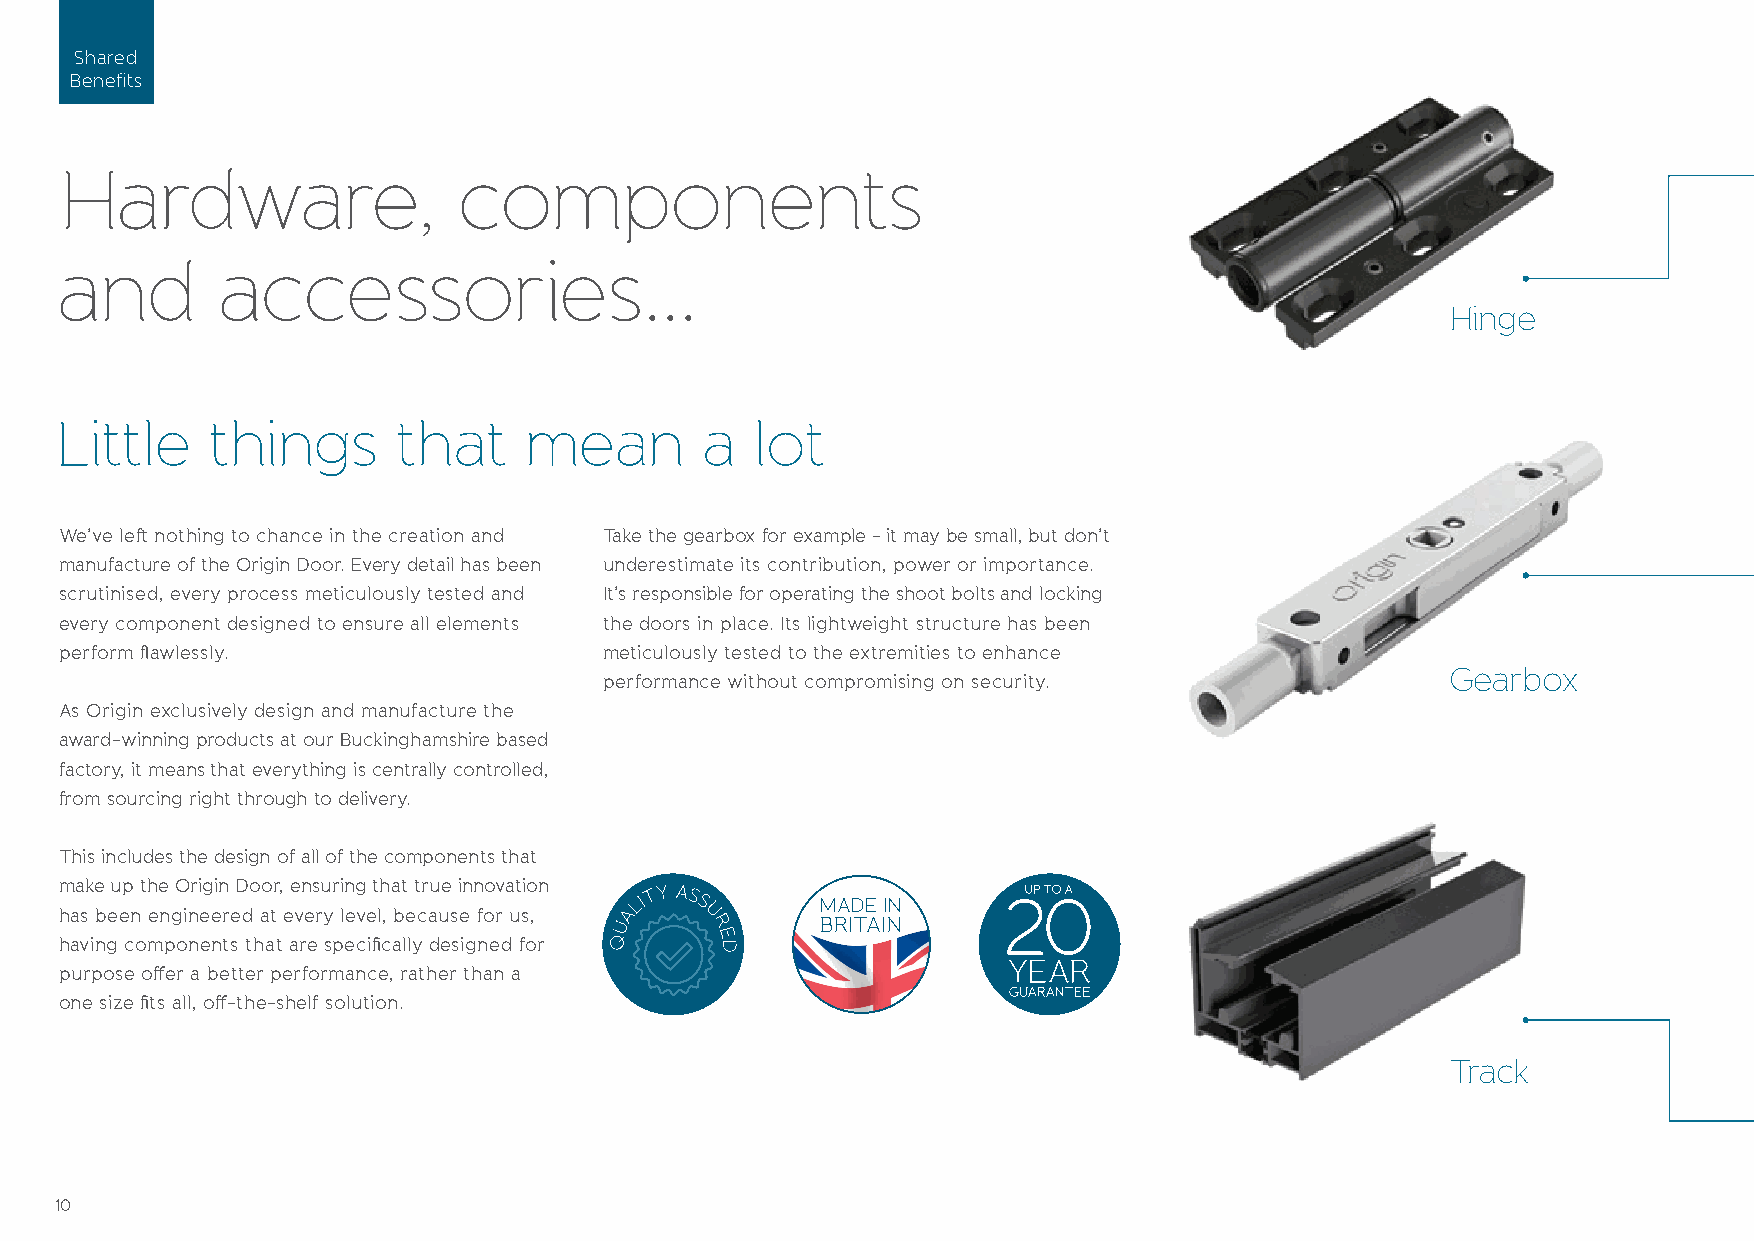
Shared
 Benefits
 Hardware,                 components
 and       accessories...
 Hinge
 Little    things      that     mean        a  lot
 We’ve left nothing to chance in the creation and Take the gearbox for example - it may be small, but don’t
 manufacture of the Origin Door. Every detail has been underestimate its contribution, power or importance.
 scrutinised, every process meticulously tested and It’s responsible for operating the shoot bolts and locking
 every component designed to ensure all elements the doors in place. Its lightweight structure has been
 perform fl awlessly.                meticulously tested to the extremities to enhance
 Gearbox
 performance without compromising on security.
 As Origin exclusively design and manufacture the
 award-winning products at our Buckinghamshire based
 factory, it means that everything is centrally controlled,
 from sourcing right through to delivery.
 This includes the design of all of the components that
 make up the Origin Door, ensuring that true innovation
 MADE IN
 has been engineered at every level, because for us,
 BRITAIN
 having components that are specifi cally designed for
 purpose off er a better performance, rather than a
 one size fi ts all, off -the-shelf solution.
 Track
 10